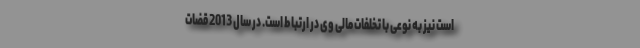
است نیز به نوعی با تخلفات مالی وی در ارتباط است. در سال 2013 قضات